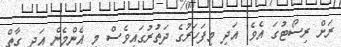
ރަށް ރިސޯޓުގަ އެވެ. އަދި މިފަހަރުގެ ދަތުރުގައިވެސް މި އެންމެން އަދި ގާތް